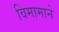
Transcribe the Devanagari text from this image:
विमामाने